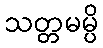
သတ္တမမ္ပိ